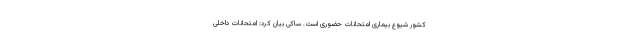
کشور شیوع بیماری امتحانات حضوری است. ساکی بیان کرد: امتحانات داخلی